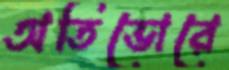
অতিভোরে